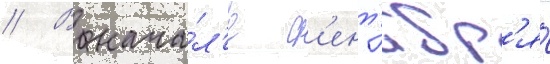
// В нача́л'е с'ент'ябр'я́